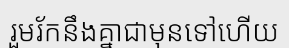
រួមរ័កនឹងគ្នាជាមុនទៅហើយ